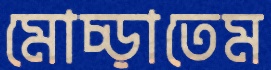
মোচ্‌ড়াতেম